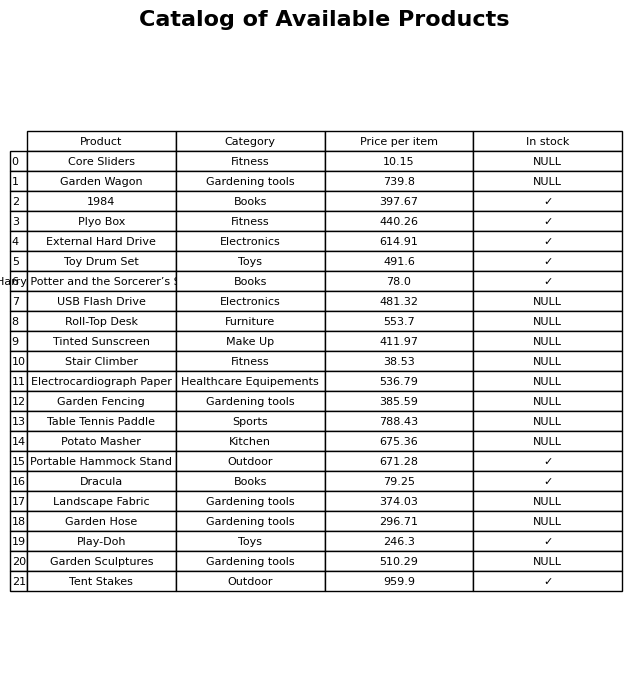
question: Is the Landscape Fabric in stock?
answer: NULL